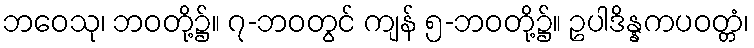
ဘဝေသု၊ ဘဝတို့၌။ ၇-ဘဝတွင် ကျန် ၅-ဘဝတို့၌။ ဥပါဒိန္နကပဝတ္တံ၊